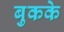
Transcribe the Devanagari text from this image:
बुकके